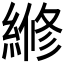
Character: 𬗲